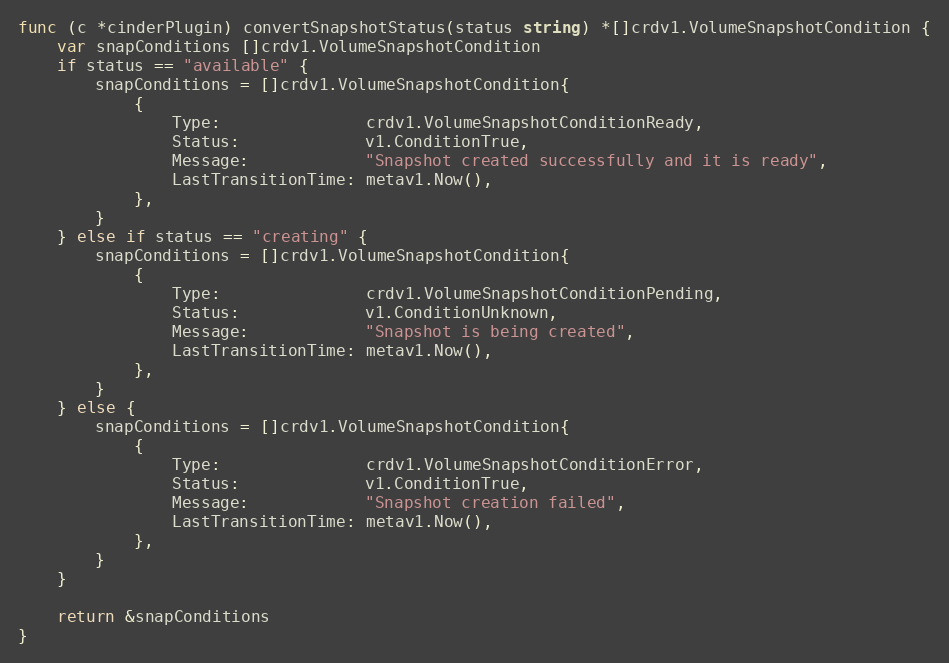
Language: Go
func (c *cinderPlugin) convertSnapshotStatus(status string) *[]crdv1.VolumeSnapshotCondition {
	var snapConditions []crdv1.VolumeSnapshotCondition
	if status == "available" {
		snapConditions = []crdv1.VolumeSnapshotCondition{
			{
				Type:               crdv1.VolumeSnapshotConditionReady,
				Status:             v1.ConditionTrue,
				Message:            "Snapshot created successfully and it is ready",
				LastTransitionTime: metav1.Now(),
			},
		}
	} else if status == "creating" {
		snapConditions = []crdv1.VolumeSnapshotCondition{
			{
				Type:               crdv1.VolumeSnapshotConditionPending,
				Status:             v1.ConditionUnknown,
				Message:            "Snapshot is being created",
				LastTransitionTime: metav1.Now(),
			},
		}
	} else {
		snapConditions = []crdv1.VolumeSnapshotCondition{
			{
				Type:               crdv1.VolumeSnapshotConditionError,
				Status:             v1.ConditionTrue,
				Message:            "Snapshot creation failed",
				LastTransitionTime: metav1.Now(),
			},
		}
	}

	return &snapConditions
}